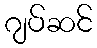
ဂျပ်ဆင်